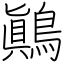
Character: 鷆